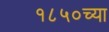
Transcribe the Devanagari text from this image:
१८५०च्या